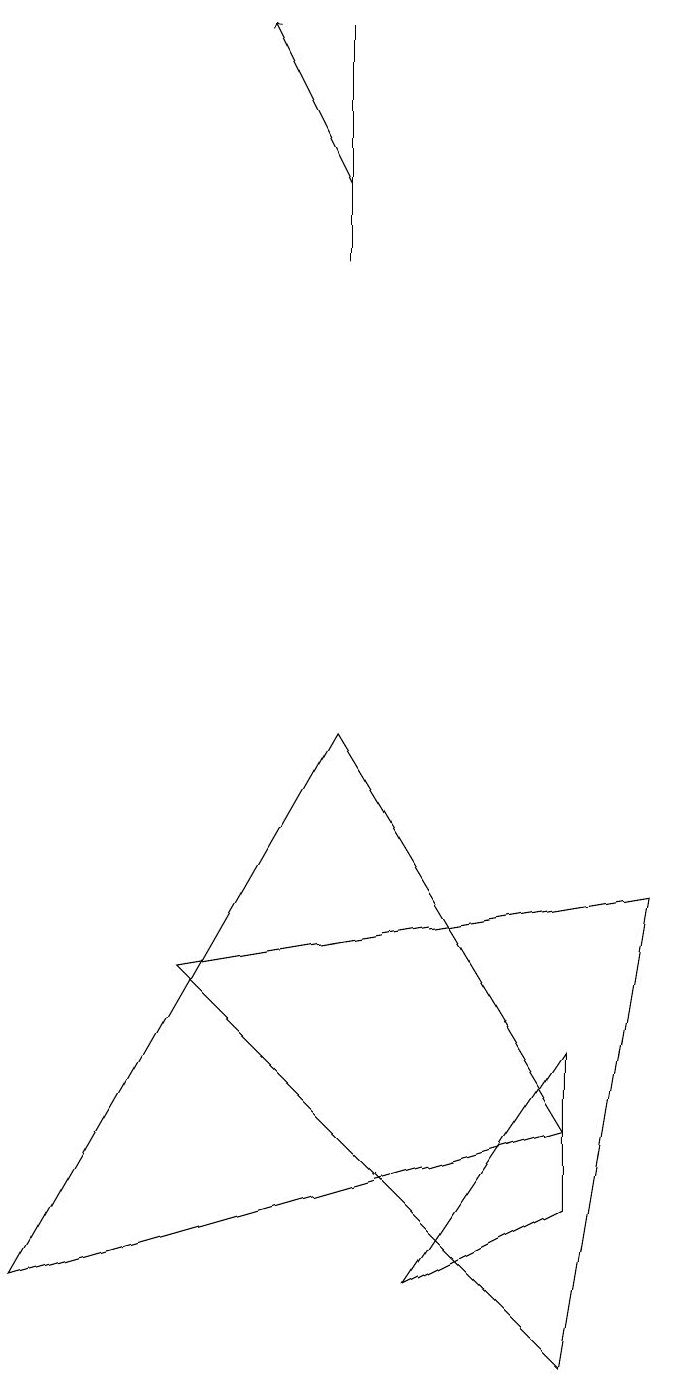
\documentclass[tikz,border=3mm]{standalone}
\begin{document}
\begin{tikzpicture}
\draw (7,3) -- (0,1) -- (4,8) -- cycle;
\draw (7,0) -- (8,6) -- (2,5) -- cycle;
\draw[->] (4,15) -- (3,17);
\draw (7,2) -- (5,1) -- (7,4) -- cycle;
\draw (4,14) rectangle (4,17);
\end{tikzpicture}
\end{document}